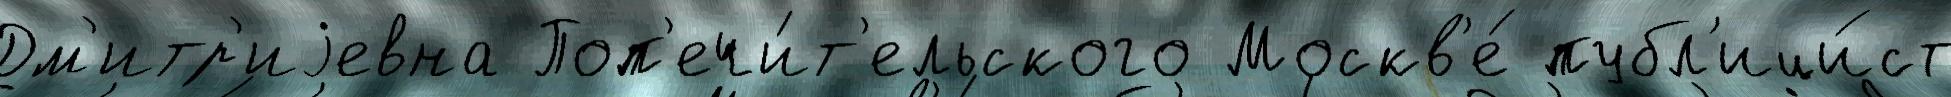
Дм'итр'иjевна Поп'ечи́т'ельского Москв'е́ публ'ици́ст